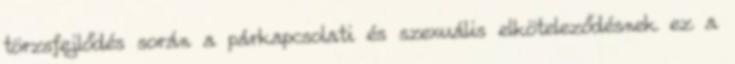
törzsfejlődés során a párkapcsolati és szexuális elköteleződésnek ez a